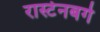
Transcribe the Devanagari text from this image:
रास्टेनबर्ग